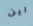
بين